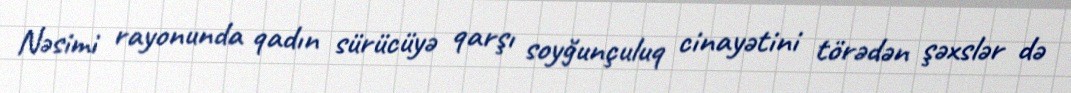
Nəsimi rayonunda qadın sürücüyə qarşı soyğunçuluq cinayətini törədən şəxslər də